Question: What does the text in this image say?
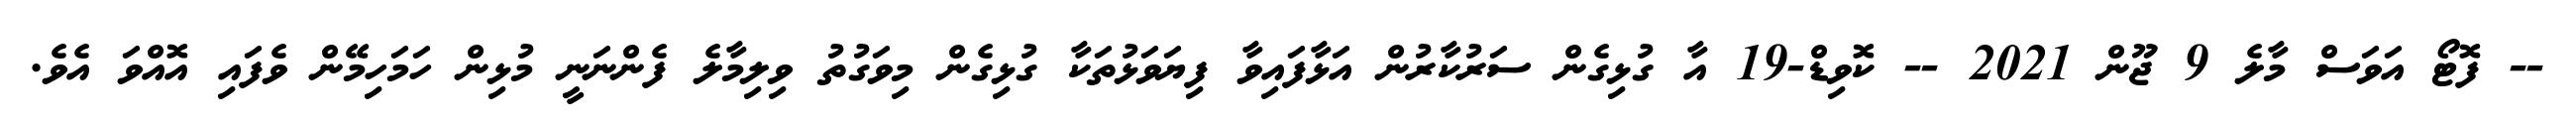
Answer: -- ފޮޓޯ އަވަސް މާލެ 9 ޖޫން 2021 -- ކޮވިޑް-19 އާ ގުޅިގެން ސަރުކާރުން އަޅާފައިވާ ފިޔަވަޅުތަކާ ގުޅިގެން މިވަގުތު ވިލިމާލެ ފެންނަނީ މުޅިން ހަމަހިމޭން ވެފައި އޮއްވަ އެވެ.